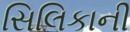
સિલિકાની